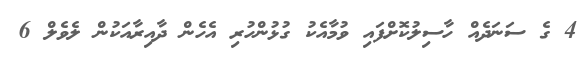
4 ގެ ސަނަދެއް ހާސިލުކޮށްފައި ވުމާއެކު ގުޅުންހުރި އެހެން ދާއިރާއަކުން ލެވެލް 6